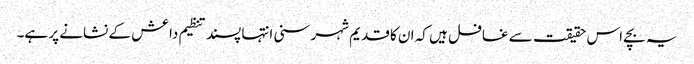
یہ بچے اس حقیقت سے غافل ہیں کہ ان کا قدیم شہر سنی انتہا پسند تنظیم داعش کے نشانے پر ہے۔